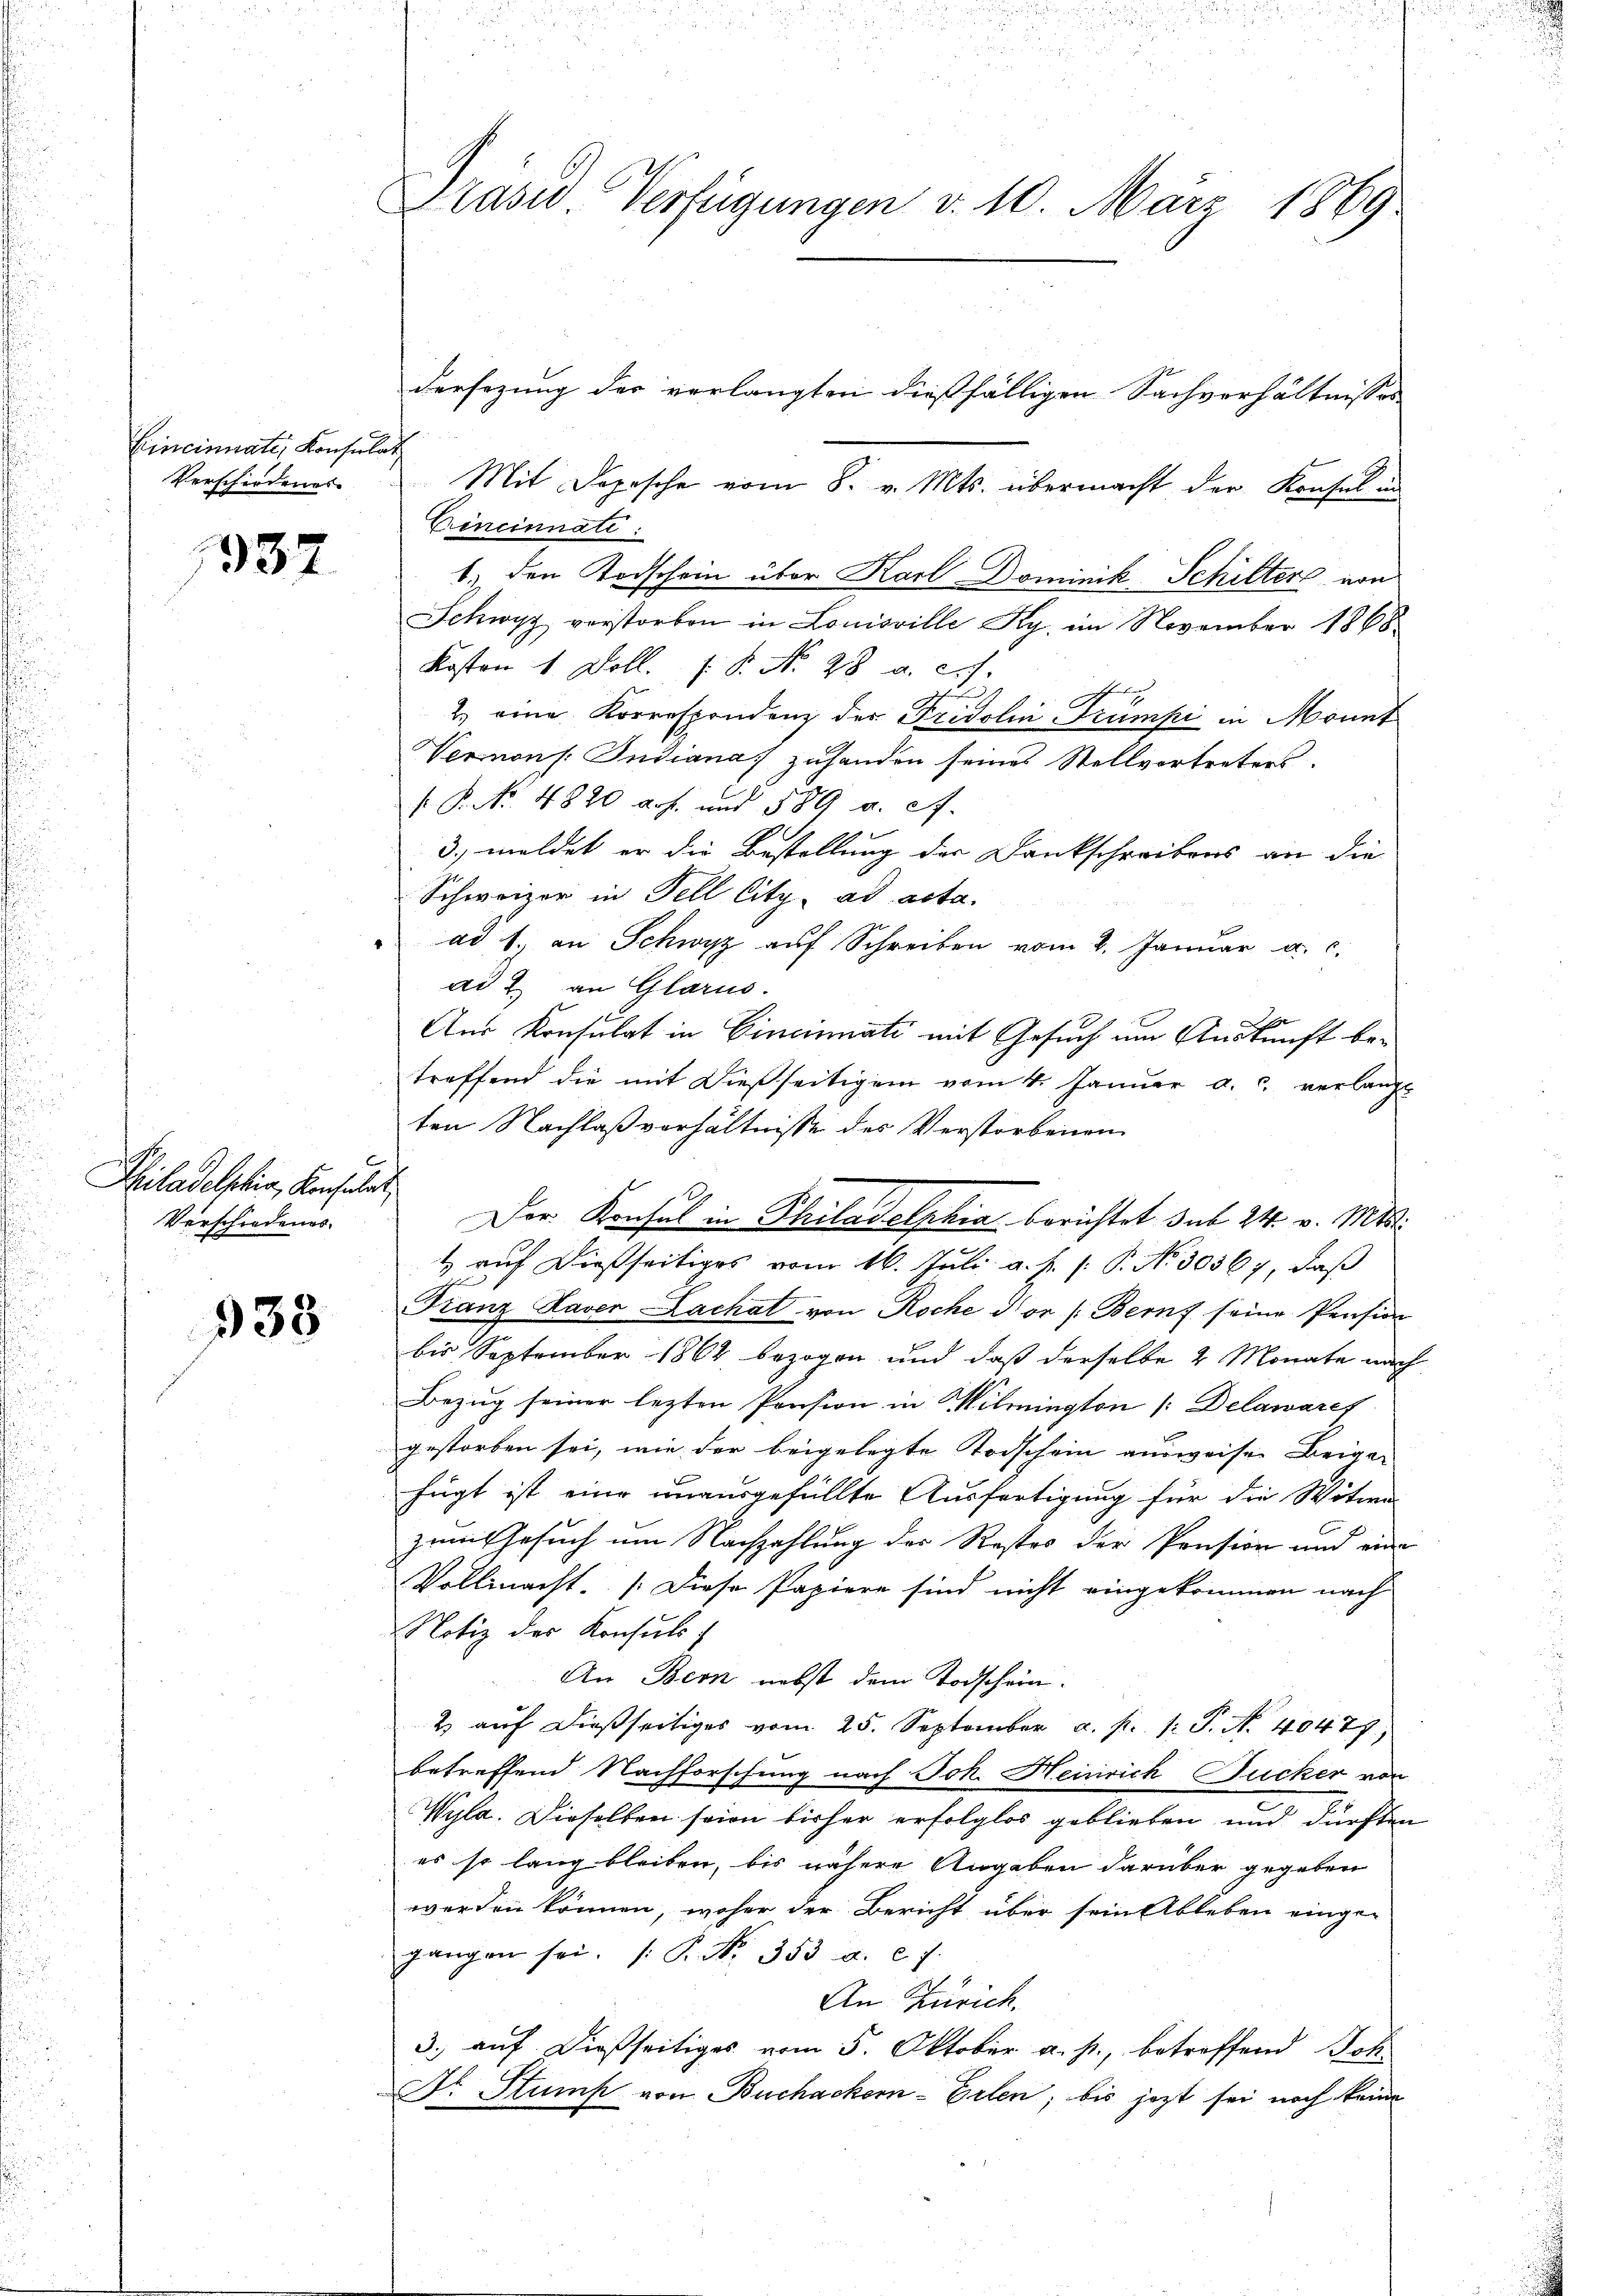
Cincinate, Konsulat
Verschiedenes

1337

h
Hiladelphia, Konsulat
Verschiedenes.

333

Praswo Verfügungen d. 10. März 1869

dersezung der verlangten dießfälligen Sachverhältnisses
Mit Dopesche vom 8. v. Mts. übermacht der Konsul in
Cincinnati:
1. den Todschein über Karl Dominik Schilters von
Schwyz vorstorben in Louisville Sy. im November 1868
Kosten 1 Doll. P.P. Nr. 28 a. c.
t
tu
2.) eine Korrespondenz der Fridolin rumpi in Monnt
Vernons. Indiana zuhanden seines Stellvertreters.
P. P. No. 4820 auf und 580 a. a.
3. meldet er die Bestellung der Dankschreibens an die
Schweizer in Fell Citz, ad acta.
 ad 1. an Schwyz aŭf Schreiben vom 2. Januar a. c.
ad & an Glarus.
Aus Konsulat in Cincinati mit Gesuch um Auskunft betreffend die mit dießseitigem vom 4. Januar a. c. verlangt
ten Nachlaßverhältnisse des Verstorbenen
E
Der Konsul in Philadelphia berichtet sub 24. v. Mts.
4 auf dießseitiges vom 16. Juli a. f. (: P. No 30367, daß
Franz Haver Lachat von Roche Vor /: Bern seine Pension
bis September 1864 bezogen und daß derselbe 2 Monate nach
Bezug seiner lezten Pension in Wilmington Delawaref
gestorben sei, wie der beigelegte Todschein ausweisen Beigan
fügt ist eine unausgefüllte Ausfertigung für die Witwe
zum Gesuch um Nachzahlung des Restes der Pension und eine
Vollmacht. Diese Papiere sind nicht eingekommen nach
Notiz der Konsuls
An Bern nebst dem Todschein.
2 auf dießseitiges vom 25. September a. p. 1. P. N. 40477,
betreffend Nachforschung nach Joh. Heinrich Jucker von
Wyla. Dieselben seien bisher erfolglos geblieben und dürften
es so lang bleiben, bis nähere Angaben darüber gegeben
werden können, woher der Bericht über sein Ableben einge-
gangen sei. P. No. 353. a. c. f
An Zürich.
3. auf dießseitiges vom 5. Oktober a. p., betreffend Joh.
Dr. Stump von Buchackern-Erlen, bis jezt sei noch keine